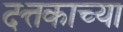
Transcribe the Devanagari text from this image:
दत्तकाच्या